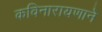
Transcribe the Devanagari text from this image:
कविनारायणाने